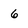
Character: 6